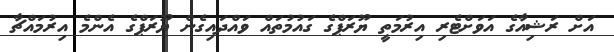
އަށް ރަޝިއާގެ އަވަށްޓެރި އިރުމަތީ ޔޫރަޕްގެ ގައުމުތައް ވައްދައިގެން ޔޫރަޕްގެ އެންމެ އިރުމައްޗާ